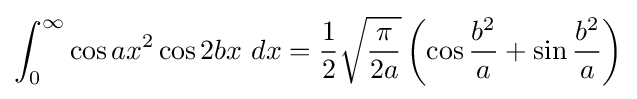
\int _{0}^{\infty }\cos ax^{2}\cos 2bx\ dx={\frac {1}{2}}{\sqrt {\frac {\pi }{2a}}}\left(\cos {\frac {b^{2}}{a}}+\sin {\frac {b^{2}}{a}}\right)